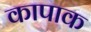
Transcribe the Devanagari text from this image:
कापाक